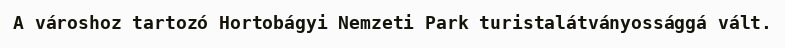
A városhoz tartozó Hortobágyi Nemzeti Park turistalátványossággá vált.